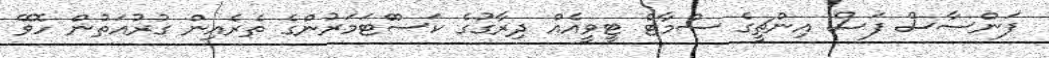
ފަންސާސް ފަސް އިންޗީގެ ސްމާޓް ޓީވީއެއް ދިރާގުގެ ކަސްްޓަމަރުންގެ ތެރެއިން ގުރުއަތުން ހޮވޭ